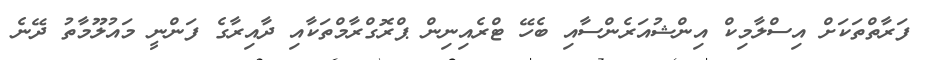
ފަރާތްތަކަށް އިސްލާމިކް އިންޝުއަރެންސާއި ބެހޭ ޓްރެއިނިން ޕްރޮގްރާމްތަކާއި ދާއިރާގެ ފަންނީ މައުލޫމާތު ދޭނެ